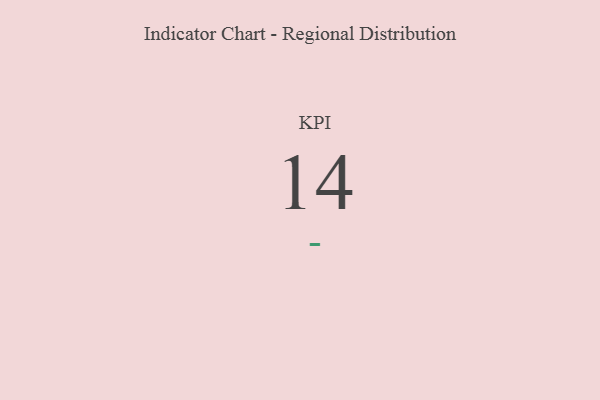
{"axis": {"x": "KPI", "y": "Value"}, "legend": [""], "data": [{"x": "KPI", "y": 14, "type": ""}]}